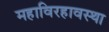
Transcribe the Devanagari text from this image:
महाविरहावस्था